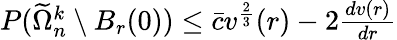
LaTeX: \begin{array}{r}{P(\widetilde\Omega_{n}^{k}\setminus B_{r}(0))\le\bar{c}v^{\frac 23}(r)-2{\frac{dv(r)}{dr}}}\end{array}